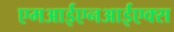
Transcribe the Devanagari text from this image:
एमआईएनआईएक्स